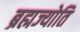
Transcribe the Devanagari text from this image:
ब्रह्मज्योति